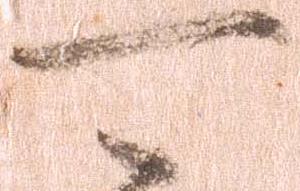
可